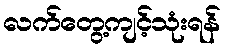
လက်တွေ့ကျင့်သုံးရန်